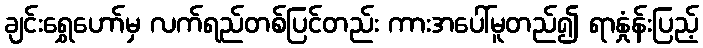
ချင်းရွှေဟော်မှ လက်ရည်တစ်ပြင်တည်း ကားအပေါ်မူတည်၍ ရာနှုံန်းပြည့်